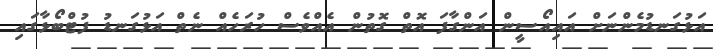
އަޅުގަނޑުމެންނަށް އައިއޯސީން އަންގާފަ އޮތް ގޮތުން އެއްވެސް ހުރަހެއް ނެތް އަޅުގަނޑު ފުޓްބޯޅާގައި